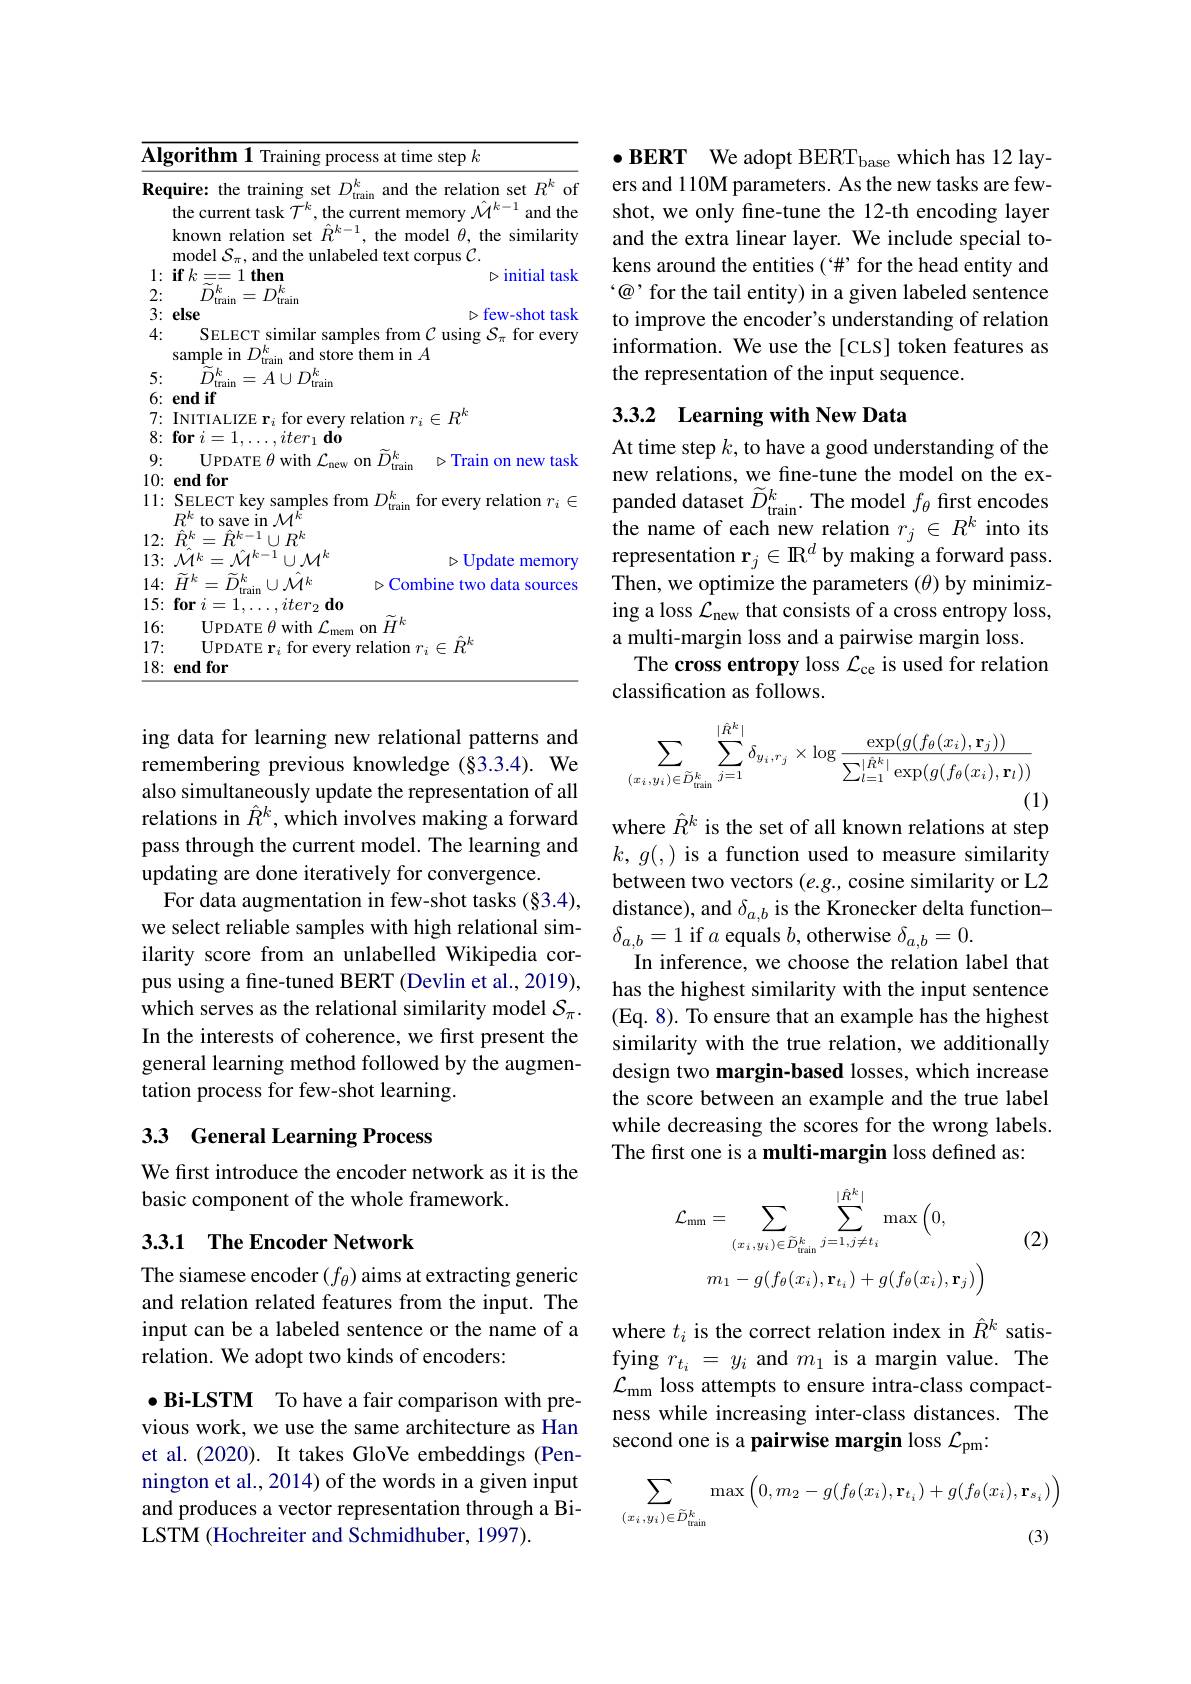
<table>
	<tbody>
		<tr>
			<td>$\overline{\mathbf{Alg}}$ T T</td>
			<td>thm 1 Training process at time step $k$</td>
		</tr>
		<tr>
			<td>Req</td>
			<td>: the training set $D_\mathrm{tra}^{k}$ train and the relation set $R^{\kappa}$ of</td>
		</tr>
		<tr>
			<td> </td>
			<td>current task $\mathcal{T}^k$,the current memory $\mathcal{M}^k-1$ and the</td>
		</tr>
		<tr>
			<td> </td>
			<td>wn relation set $\hat{R}^{k-1}$, the model $\theta$, the similarity lel $\mathcal{S}_{\pi}$,and the unlabeled text corpus $\mathcal{C}.$</td>
		</tr>
		<tr>
			<td>1</td>
			<td>=== =1 then $D$ initial task $\tilde{\tilde{D}}k$ , $nk$</td>
		</tr>
		<tr>
			<td>L T - 3</td>
			<td>Train train $D$</td>
		</tr>
		<tr>
			<td>4:</td>
			<td>SELECT similar samples from $\mathcal{C}$ using $\mathcal{S}_\pi$ for every ple in $D^{k}$ and store them in $A$</td>
		</tr>
		<tr>
			<td>5</td>
			<td> </td>
		</tr>
		<tr>
			<td>W</td>
			<td>FERITE 111</td>
		</tr>
		<tr>
			<td>0 7: $\mathbb{Q}$ r 1</td>
			<td>TIALIZE $\mathbf{r}_i$ for every relation $r_i\in R^k$</td>
		</tr>
		<tr>
			<td>9:</td>
			<td>UPDATE $\theta$ with $\mathcal{L}_\mathrm{new}$ on $\bar{D}_\mathrm{tra}^{k}$ $\triangleright$Train on new task rain</td>
		</tr>
		<tr>
			<td>1</td>
			<td>Halll</td>
		</tr>
		<tr>
			<td>11: $\frac{1}{2}=\frac{1}{2}$ $\frac{1}{2}=\frac{1}{2}$ $f(x)=f(x)$ </td>
			<td>ECT key samples from $D_{\mathrm{train}}^{k}$ $_{\mathrm{in}}$ for every relation $r_i\in$ to save in $\mathcal{M}^{k}$</td>
		</tr>
		<tr>
			<td>12:</td>
			<td>$\hat{R}^{k-1}\cup R^{k}$</td>
		</tr>
		<tr>
			<td>13:</td>
			<td>$=\hat{\mathcal{M}}^{k-1}\cup\mathcal{M}^{k}$ $\triangleright$Update memory</td>
		</tr>
		<tr>
			<td>1. 4: </td>
			<td>$\Lambda AK$</td>
		</tr>
		<tr>
			<td>15: </td>
			<td>$d_0$</td>
		</tr>
		<tr>
			<td>16: 1 </td>
			<td>$rk$ $0n$</td>
		</tr>
		<tr>
			<td>17:</td>
			<td>$\dot{2}k$</td>
		</tr>
		<tr>
			<td>18: </td>
			<td>for</td>
		</tr>
	</tbody>
</table>

ing data for learning new relational patterns and remembering previous knowledge (§3.3.4). We also simultaneously update the representation of all relations in $\hat{R}^k$, which involves making a forward pass through the current model. The learning and updating are done iteratively for convergence.
For data augmentation in few-shot tasks (§3.4), we select reliable samples with high relational similarity score from an unlabelled Wikipedia corpus using a fine-tuned BERT (Devlin et al., 2019), which serves as the relational similarity model $\mathcal{S}_\pi.$ In the interests of coherence, we first present the general learning method followed by the augmentation process for few-shot learning.

## 33 General Learning Process

We first introduce the encoder network as it is the
basic component of the whole framework.

### 3.3.1 The Encoder Network

The siamese encoder $(f_\theta)$ aims at extracting generic and relation related features from the input. The input can be a labeled sentence or the name of a relation. We adopt two kinds of encoders:

$\bullet$Bi-LSTM To have a fair comparison with previous work, we use the same architecture as Han et al.(2020). It takes GloVe embeddings (Pennington et al., 2014) of the words in a given input and produces a vector representation through a BiLSTM (Hochreiter and Schmidhuber, 1997).

$\bullet \textbf{BERT}$ We adopt BERT$_\mathrm{base}$ which has 12 layers and 110M parameters. As the new tasks are fewshot, we only fine-tune the 12-th encoding layer and the extra linear layer. We include special tokens around the entities (“#”for the head entity and “@’for the tail entity) in a given labeled sentence to improve the encoder's understanding of relation information. We use the [CLS] token features as the representation of the input sequence.

## 3.3.2 Learning with New Data

At time step $k$, to have a good understanding of the new relations, we fine-tune the model on the expanded dataset $\widetilde D_{\mathrm{train}}^k.$ The model $f_\theta$ first encodes the name of each new relation $r_j\in R^k$ into its representation $\mathbf{r}_j\in\mathbb{R}^d$ by making a forward pass. Then, we optimize the parameters $(\theta)$ by minimizing a loss $\mathcal{L}_\mathrm{new}$ that consists of a cross entropy loss, a multi-margin loss and a pairwise margin loss.
The cross entropy loss $\mathcal{L}_\mathrm{ce}$ is used for relation
classification as follows.
$$\sum_{(x_{i},y_{i})\in\widetilde{D}_{\mathrm{train}}^{k}}\sum_{j=1}^{|\hat{R}^{k}|}\delta_{y_{i},r_{j}}\times\log\frac{\exp(g(f_{\theta}(x_{i}),\mathbf{r}_{j}))}{\sum_{l=1}^{|\hat{R}^{k}|}\exp(g(f_{\theta}(x_{i}),\mathbf{r}_{l}))}$$
(1)
where $\hat{R}^k$ is the set of all known relations at step

$k,g(,)$ is a function used to measure similarity between two vectors $(e.g.$, cosine similarity or L2 distance), and $\delta_{a,b}$ is the Kronecker delta function- $\delta_{a,b}=1$ if $a$ equals $b$,otherwise $\delta_a,b=0.$
In inference, we choose the relation label that has the highest similarity with the input sentence (Eq. 8). To ensure that an example has the highest similarity with the true relation, we additionally design two margin-based losses, which increase the score between an example and the true label while decreasing the scores for the wrong labels The frst one is a multi-margin loss defined as:

(2)
$$\mathcal{L}_{\mathrm{mm}}=\sum_{(x_{i},y_{i})\in\widetilde{D}_{\mathrm{rain}}^{k}j=1,j\neq t_{i}}\max\left(0,\right.\\m_{1}-g(f_{\theta}(x_{i}),\mathbf{r}_{t_{i}})+g(f_{\theta}(x_{i}),\mathbf{r}_{j})\Big)$$
where $t_i$ is the correct relation index in $\hat{R}^k$ satisfying $r_{t_i}=y_i$ and $m_1$ is a margin value. The $\mathcal{L}_{\mathrm{mm}}$ loss attempts to ensure intra-class compactness while increasing inter-class distances. The second one is a pairwise margin loss $\mathcal{L}_\mathrm{pm}$
$$\sum_{(\:x_{i}\:,\:y_{i}\:)\in\widetilde{D}_{\mathrm{train}}^{k}}\max\Big(0,m_{2}-g(f_{\theta}(x_{i}),\mathbf{r}_{t_{i}})+g(f_{\theta}(x_{i}),\mathbf{r}_{s_{i}})\Big)$$